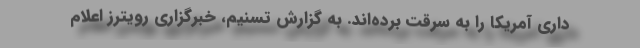
داری آمریکا را به سرقت برده‌اند. به گزارش تسنیم، خبرگزاری رویترز اعلام